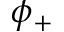
\phi _ { + }